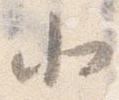
北